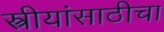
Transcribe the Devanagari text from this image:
स्त्रीयांसाठीचा